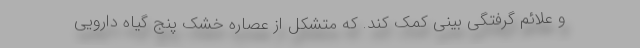
و علائم گرفتگی بینی کمک کند. که متشکل از عصاره خشک پنج گیاه دارویی